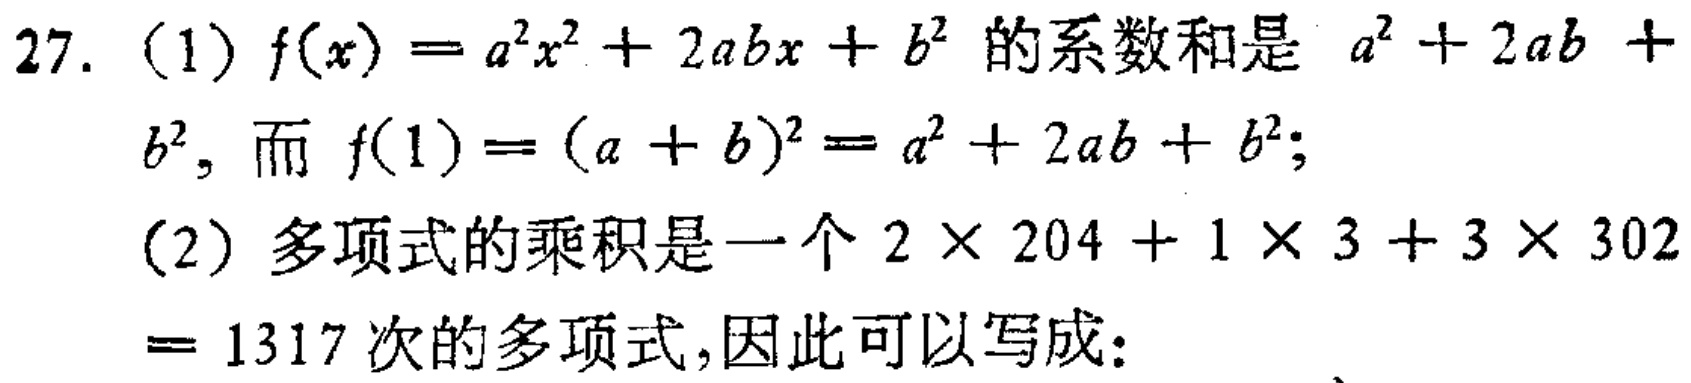
27. (1) \(f(x)=a^{2}x^{2}+2abx + b^{2}\) 的系数和是 \(a^{2}+2ab + b^{2}\)，而 \(f(1)=(a + b)^{2}=a^{2}+2ab + b^{2}\)；
(2) 多项式的乘积是一个 \(2\times204 + 1\times3+3\times302=1317\) 次的多项式，因此可以写成：